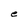
Character: e